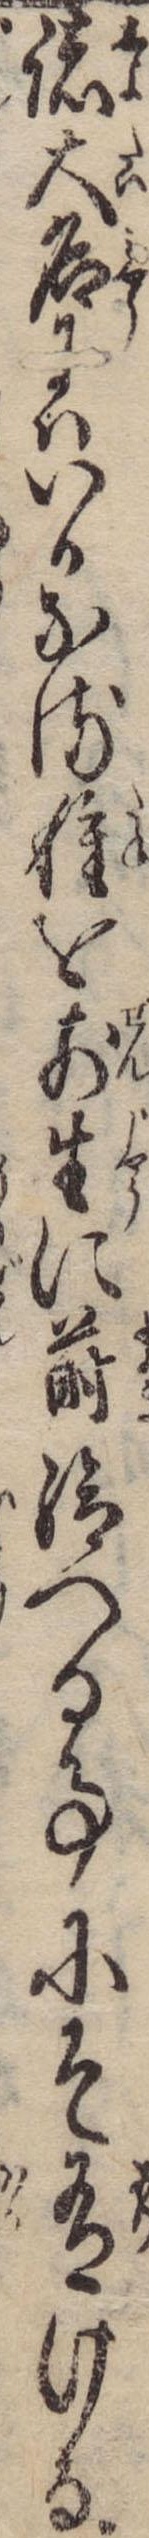
諸大名にはいかなる種を前生に蒔給へる事にそ有ける